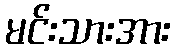
မင်းသားအား